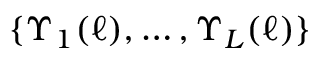
\{ \Upsilon _ { 1 } ( \ell ) , \ldots , \Upsilon _ { L } ( \ell ) \}